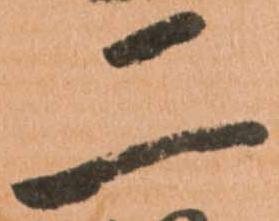
二